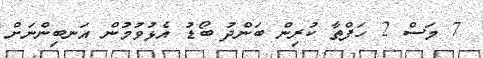
7 މަސް 2 ހަފްތާ ކުރިން ބަންދު ބޯޑު އެޅުވުމުން އަނބިންނަށް